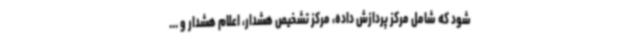
شود که شامل مرکز پردازش داده، مرکز تشخیص هشدار، اعلام هشدار و ...